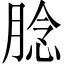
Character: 腍